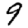
Digit: 9